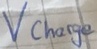
Text: Vcharge